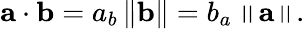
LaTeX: \mathbf{a}\cdot\mathbf{b}=a_{b}\left\| \mathbf{b}\right\| =b_{a}\left\| \mathbf{a}\right\| .